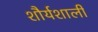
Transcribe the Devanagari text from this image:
शौर्यशाली